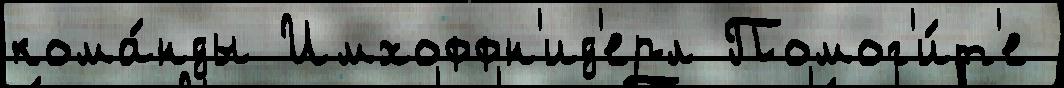
кома́нды Имхоффн'ид'ерл Помог'и́т'е